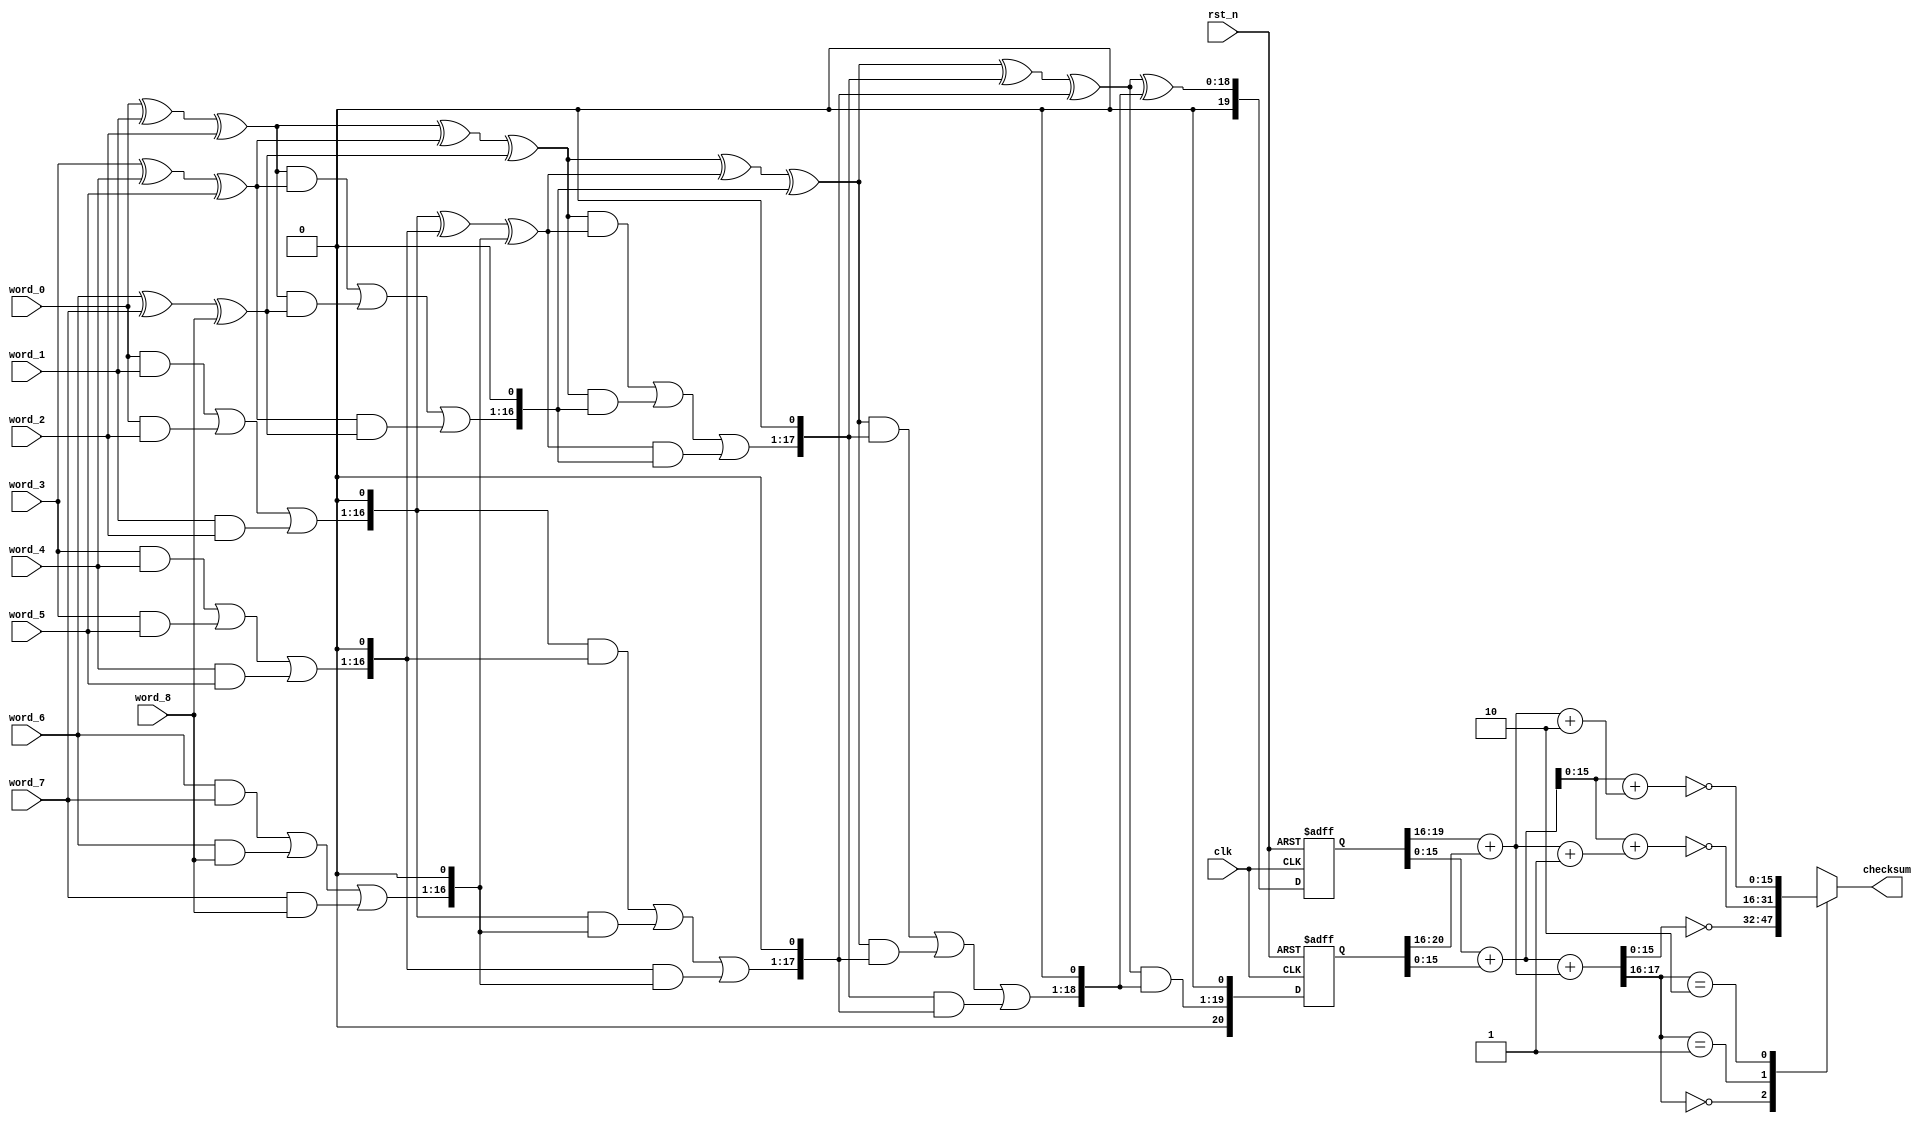
/*************************************************************************
*
* Copyright  Microsoft Corporation. All rights reserved.
* Copyright  Broadcom Inc. All rights reserved.
* Licensed under the MIT License.
*
*************************************************************************/






















module nx_ipchecksum
   (
   
   checksum,
   
   clk, rst_n, word_0, word_1, word_2, word_3, word_4, word_5, word_6,
   word_7, word_8
   );

   input clk;
   input rst_n;
   input [15:0] word_0;
   input [15:0] word_1;
   input [15:0] word_2;
   input [15:0] word_3;
   input [15:0] word_4;
   input [15:0] word_5;
   input [15:0] word_6;
   input [15:0] word_7;
   input [15:0] word_8;

   output [15:0] checksum;
   reg [15:0]    checksum;
   reg [19:0] 	 checksum_sum;
   reg [20:0] 	 checksum_carry;
 
   wire [15:0]   isum_0   = (word_0 ^ word_1 ^ word_2);
   wire [16:0]   icarry_0 = {(word_0 & word_1 |
                              word_0 & word_2 | 
                              word_1 & word_2), 1'b0};

   wire [15:0]   isum_1   = (word_3 ^ word_4 ^ word_5);
   wire [16:0]   icarry_1 = {(word_3 & word_4 |
                              word_3 & word_5 | 
                              word_4 & word_5), 1'b0};

   wire [15:0]   isum_2   = (word_6 ^ word_7 ^ word_8);
   wire [16:0]   icarry_2 = {(word_6 & word_7 |
                              word_6 & word_8 | 
                              word_7 & word_8), 1'b0};

   wire [15:0]   jsum_0 = (isum_0 ^ isum_1 ^ isum_2);
   wire [16:0]   jcarry_0 = {(isum_0 & isum_1 |
                              isum_0 & isum_2 | 
                              isum_1 & isum_2), 1'b0};

   wire [16:0]   jsum_1 = (icarry_0 ^ icarry_1 ^ icarry_2);
   wire [17:0]   jcarry_1 = {(icarry_0 & icarry_1 |
                              icarry_0 & icarry_2 | 
                              icarry_1 & icarry_2), 1'b0};

   wire [16:0]   ksum_0 = {1'b0, jsum_0} ^ jsum_1 ^ jcarry_0;
   wire [17:0]   kcarry_0 = {({1'b0, jsum_0} & jsum_1 |
                              {1'b0, jsum_0} & jcarry_0 |
                              jsum_1 & jcarry_0), 1'b0};

   wire [17:0]   lsum_0 = {1'b0, ksum_0} ^ kcarry_0 ^ jcarry_1;
   wire [18:0]   lcarry_0 = {({1'b0, ksum_0}     &  kcarry_0 |
                              {1'b0, ksum_0}     &  jcarry_1 |
                               kcarry_0          &  jcarry_1), 1'b0};

   wire [19:0]   r_checksum_sum   = ({2'b00,lsum_0[17:0]} ^ 
				     {1'b0,lcarry_0[18:0]});
   wire [20:0]   r_checksum_carry = {({2'b00,lsum_0[17:0]} & 
				      {1'b0,lcarry_0[18:0]}),1'b0};


   wire [16:0] 	 checksum_pre   = (checksum_sum[15:0] + 
				   checksum_carry[15:0]);

   wire [5:0] 	 checksum_hi_plus0 = ({1'b0, checksum_sum[19:16]} + 
				      checksum_carry[20:16]);
   wire [5:0] 	 checksum_hi_plus1 = ({1'b0, checksum_sum[19:16]} + 
				      checksum_carry[20:16] + 1'b1);
   wire [5:0] 	 checksum_hi_plus2 = ({1'b0, checksum_sum[19:16]} + 
				      checksum_carry[20:16] + 2'b10);
   
   wire [17:0]   checksum_unabridged       = (checksum_pre[16:0] + 
					      {11'd0, checksum_hi_plus0[5:0]});
   wire [17:0]   checksum_unabridged_plus1 = (checksum_pre[16:0] + 
					      {11'd0, checksum_hi_plus1[5:0]});
   wire [17:0]   checksum_unabridged_plus2 = (checksum_pre[16:0] + 
					      {11'd0, checksum_hi_plus2[5:0]});
   
   always@(checksum_unabridged
	   or checksum_unabridged_plus1 or checksum_unabridged_plus2)
   begin
      case (checksum_unabridged[17:16])
        2'b00: checksum = ~checksum_unabridged[15:0];
        2'b01: checksum = ~checksum_unabridged_plus1[15:0];
        2'b10: checksum = ~checksum_unabridged_plus2[15:0];
        2'b11: checksum = 16'hxxxx;
      endcase 
   end
   
   always@(posedge clk or negedge rst_n)
   begin
      if (!rst_n)
      begin
         checksum_sum 	   <= 0;
         checksum_carry    <= 0;
      end
      else
      begin
         checksum_sum 	   <= r_checksum_sum;
         checksum_carry    <= r_checksum_carry;
      end
   end 
   
   
endmodule